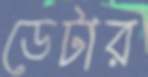
ডেটার